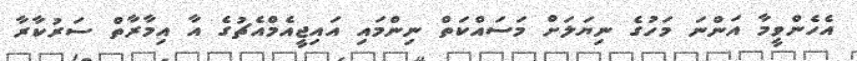
އެހެންވީމާ އަންނަ މަހުގެ ނިޔަލަށް މަސައްކަތް ނިންމައި އައިޖީއެމްއެޗުގެ އާ އިމާރާތް ސަރުކާރާ